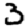
Digit: 3